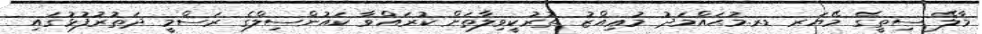
މާލޭ ސިތީގެ މޭޔަރ ޑރ.މުޙައްމަދު މުޢިއްޒު ތުރުކީވިލާތަށް ކުރައްވާ ކައުންސިލްގެ ރަސްމީ ދަތުރުފުޅުގައި